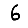
Digit: 6